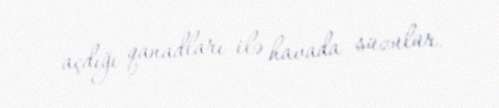
açdığı qanadları ilə havada süzülür.